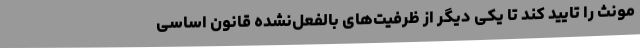
مونث را تایید کند تا یکی دیگر از ظرفیت‌های بالفعل‌نشده قانون اساسی